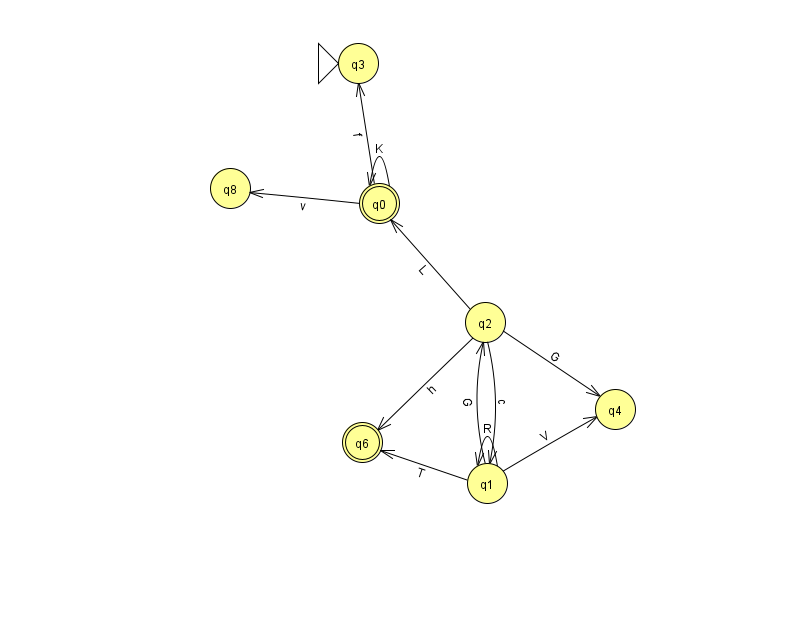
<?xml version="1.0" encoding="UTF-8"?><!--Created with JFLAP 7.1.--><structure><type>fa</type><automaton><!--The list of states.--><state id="0" name="q0"><x>379.0</x><y>190.0</y><final/></state><state id="1" name="q1"><x>487.0</x><y>470.0</y></state><state id="2" name="q2"><x>485.0</x><y>309.0</y></state><state id="3" name="q3"><x>358.0</x><y>50.0</y><initial/></state><state id="4" name="q4"><x>615.0</x><y>396.0</y></state><state id="6" name="q6"><x>362.0</x><y>429.0</y><final/></state><state id="8" name="q8"><x>230.0</x><y>175.0</y></state><!--The list of transitions.--><transition><from>1</from><to>1</to><read>R</read></transition><transition><from>2</from><to>4</to><read>G</read></transition><transition><from>2</from><to>0</to><read>L</read></transition><transition><from>0</from><to>3</to><read>f</read></transition><transition><from>0</from><to>8</to><read>v</read></transition><transition><from>1</from><to>4</to><read>V</read></transition><transition><from>0</from><to>0</to><read>K</read></transition><transition><from>1</from><to>2</to><read>G</read></transition><transition><from>1</from><to>6</to><read>T</read></transition><transition><from>2</from><to>1</to><read>c</read></transition><transition><from>2</from><to>6</to><read>h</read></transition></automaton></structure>